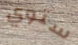
ستوي